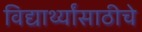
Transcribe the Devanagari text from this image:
विद्यार्थ्यांसाठीचे